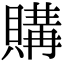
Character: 購